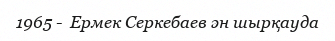
1965 -  Ермек Серкебаев ән шырқауда